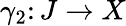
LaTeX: \gamma_{2}\colon J\rightarrow X